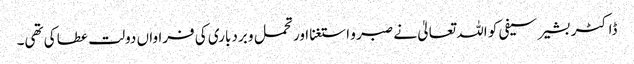
ڈاکٹر بشیر سیفی کو اللہ تعالیٰ نے صبر و استغنا اور تحمل و بردباری کی فراواں دولت عطا کی تھی۔